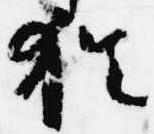
猶